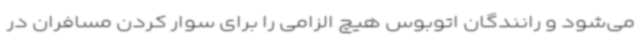
می‌شود و رانندگان اتوبوس هیچ الزامی را برای سوار کردن مسافران در